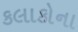
કલાકોના